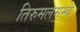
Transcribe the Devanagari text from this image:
तिरुमलमम्ब